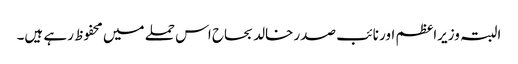
البتہ وزیراعظم اور نائب صدر خالد بحاح اس حملے میں محفوظ رہے ہیں۔